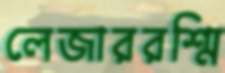
লেজাররশ্মি